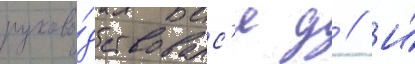
руково́дствовалс'я д // И́